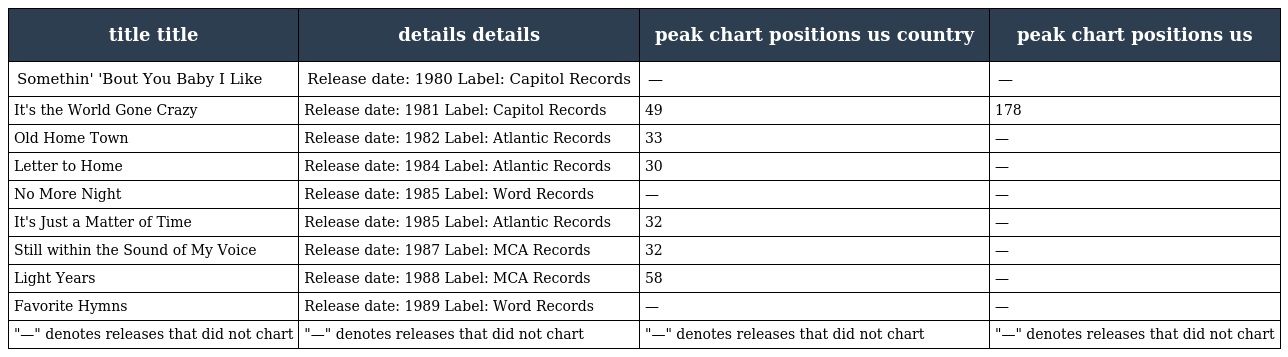
| title title | details details | peak chart positions us country | peak chart positions us |
 | --- | --- | --- | --- |
 | Somethin' 'Bout You Baby I Like | Release date: 1980 Label: Capitol Records | — | — |
 | It's the World Gone Crazy | Release date: 1981 Label: Capitol Records | 49 | 178 |
 | Old Home Town | Release date: 1982 Label: Atlantic Records | 33 | — |
 | Letter to Home | Release date: 1984 Label: Atlantic Records | 30 | — |
 | No More Night | Release date: 1985 Label: Word Records | — | — |
 | It's Just a Matter of Time | Release date: 1985 Label: Atlantic Records | 32 | — |
 | Still within the Sound of My Voice | Release date: 1987 Label: MCA Records | 32 | — |
 | Light Years | Release date: 1988 Label: MCA Records | 58 | — |
 | Favorite Hymns | Release date: 1989 Label: Word Records | — | — |
 | "—" denotes releases that did not chart | "—" denotes releases that did not chart | "—" denotes releases that did not chart | "—" denotes releases that did not chart |